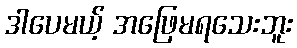
ဒါပေမယ့် အဖြေမရသေးဘူး